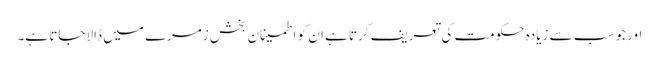
اور جو سب سے زیادہ حکومت کی تعریف کرتا ہے ان کو اطمینان بخش زمرے میں ڈالا جاتا ہے۔